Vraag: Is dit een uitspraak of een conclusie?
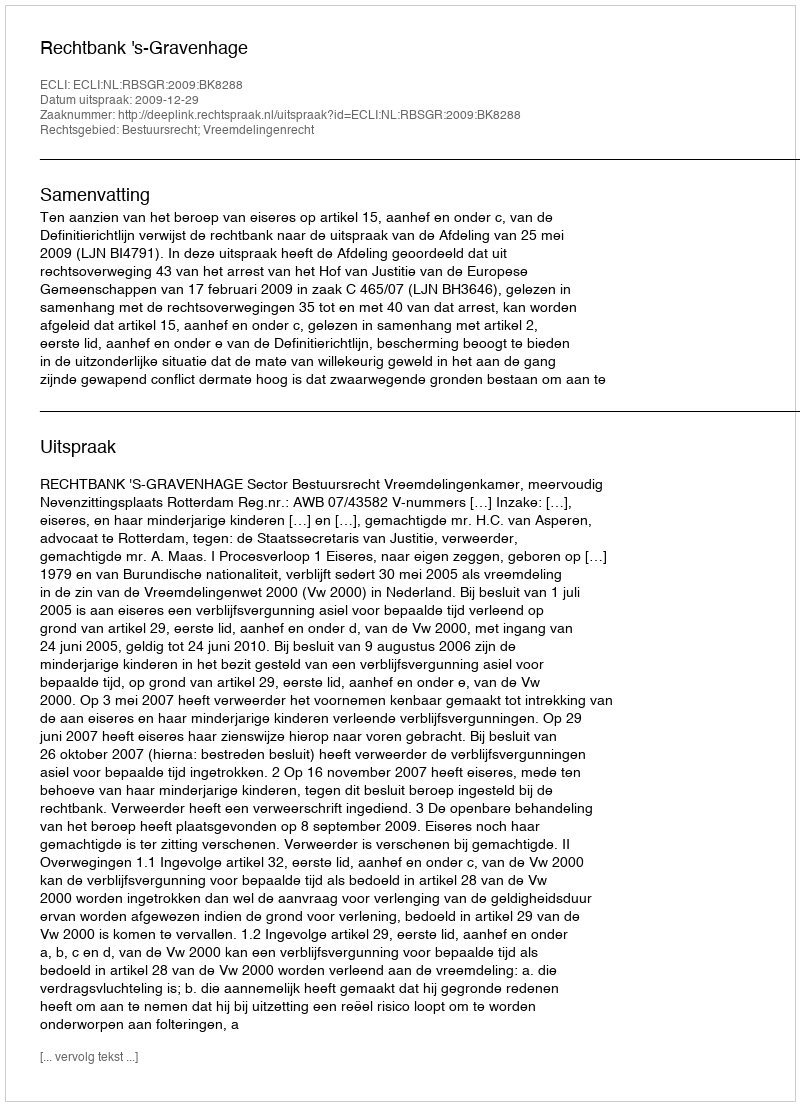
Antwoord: Uitspraak